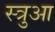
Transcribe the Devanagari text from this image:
स्त्रुआ